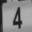
Digit: 4